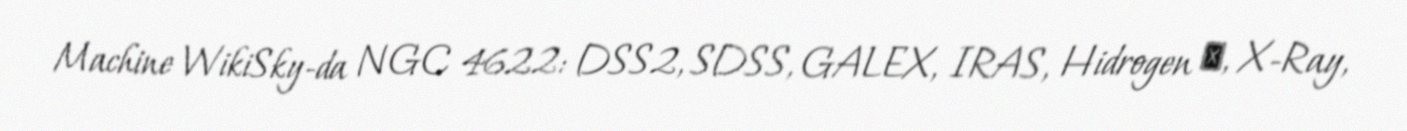
Machine WikiSky-da NGC 4622: DSS2, SDSS, GALEX, IRAS, Hidrogen α, X-Ray,